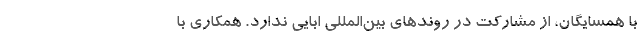
با همسايگان، از مشاركت در روندهاي بين‌المللي ابايي ندارد. همكاري با